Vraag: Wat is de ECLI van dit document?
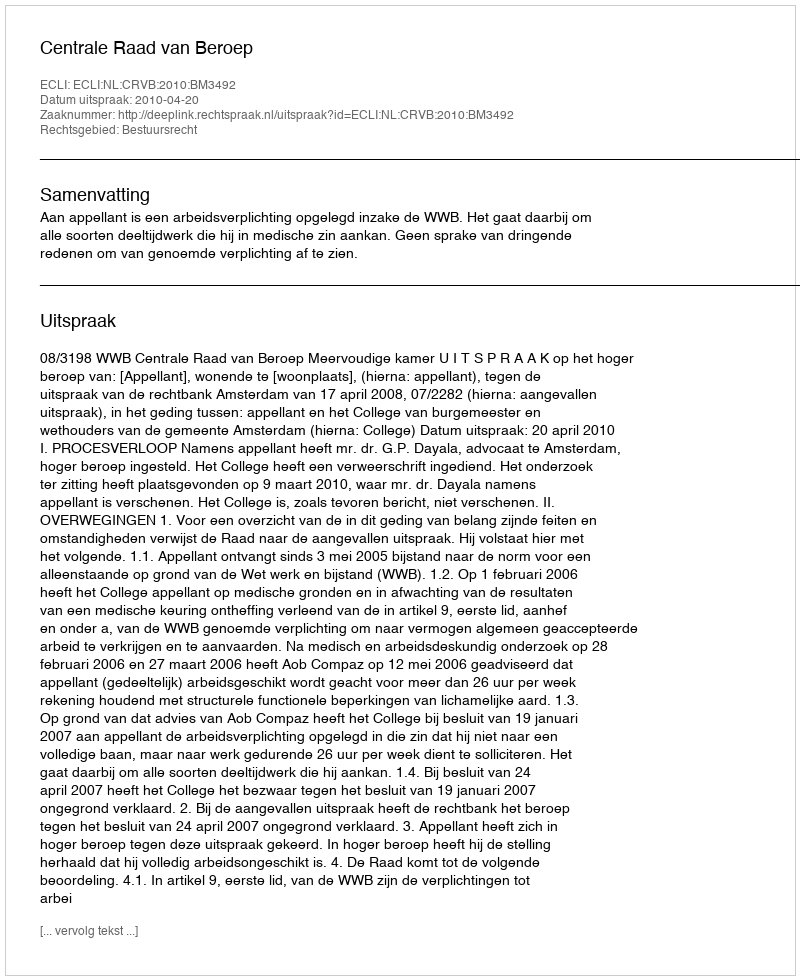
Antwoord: ECLI:NL:CRVB:2010:BM3492